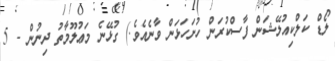
ލޯޑް ކަލްކިއުލޭޝަން ފާސްކުރަން ހުށަހަޅަން ވާނެއެވެ.) ގުޅޭނެ މަޢުލޫމާތު ދިނުން - 5